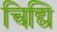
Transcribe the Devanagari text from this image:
चिद्यि